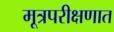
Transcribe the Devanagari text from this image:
मूत्रपरीक्षणात